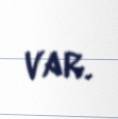
var.